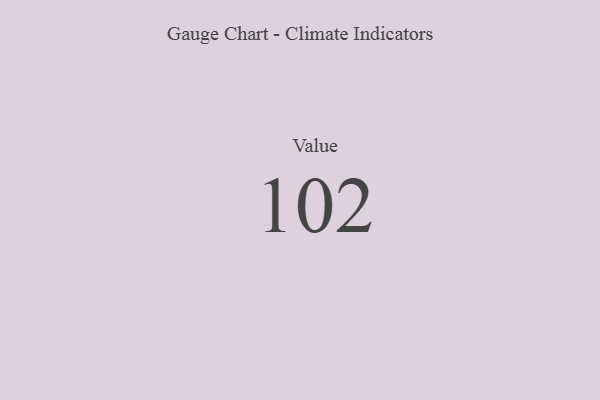
{"axis": {"x": "Metric", "y": "Value"}, "legend": [""], "data": [{"x": "Value", "y": 102, "type": ""}]}